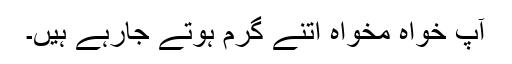
آپ خواہ مخواہ اتنے گرم ہوتے جارہے ہیں۔